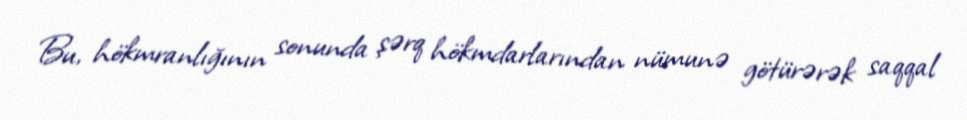
Bu, hökmranlığının sonunda şərq hökmdarlarından nümunə götürərək saqqal